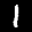
Label: 1